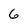
Character: 6